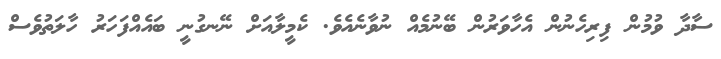
ސާދާ ވުމުން ފިރިހެނުން އެހާވަރުން ބޭނުމެއް ނުވާނެއެވެ. ކެމީލާއަށް ނޭނގުނީ ބައެއްފަހަރު ހާލަތުވެސް